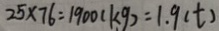
2 5 \times 7 6 = 1 9 0 0 ( k g ) = 1 . 9 ( t )